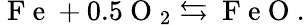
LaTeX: \mathrm{~F~e~}+0.5\mathrm{~O~}_{2}\leftrightarrows\mathrm{~F~e~O~}.